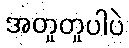
အတူတူပါပဲ